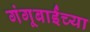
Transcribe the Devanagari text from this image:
गंगूबाईंच्या